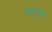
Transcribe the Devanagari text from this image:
खानुआचे